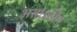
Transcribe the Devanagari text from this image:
असधारीत